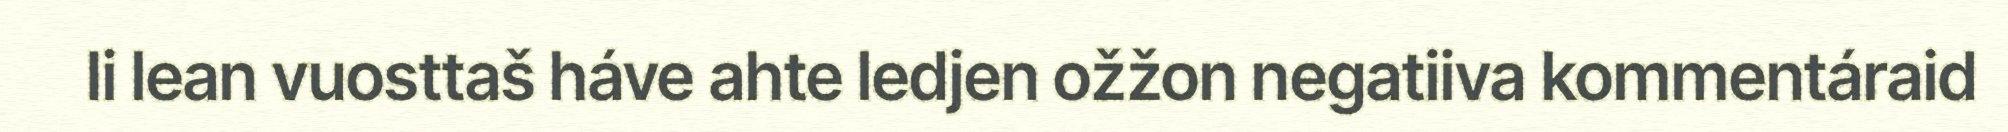
Ii lean vuosttaš háve ahte ledjen ožžon negatiiva kommentáraid